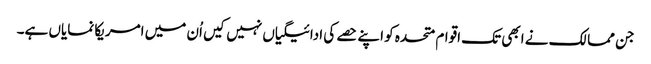
جن ممالک نے ابھی تک اقوام متحدہ کو اپنے حصے کی ادائیگیاں نہیں کیں اُن میں امریکا نمایاں ہے۔